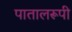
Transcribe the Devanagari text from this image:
पातालरूपी